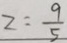
z = \frac { 9 } { 5 }